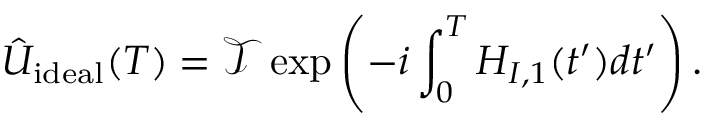
\hat { U } _ { \mathrm { i d e a l } } ( T ) = \mathcal { T } \exp \left( - i \int _ { 0 } ^ { T } H _ { I , 1 } ( t ^ { \prime } ) d t ^ { \prime } \right) .